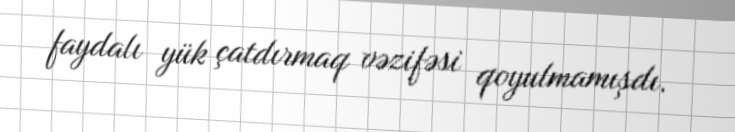
faydalı yük çatdırmaq vəzifəsi qoyulmamışdı.